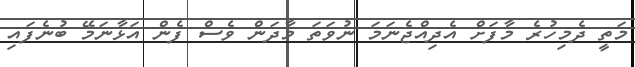
މަތީ ދެމިހުރެ މާފަށް އެދިއްޖެނަމަ ނުވަތަ މާދަން ވެސް ފެން އަޅާނަމޭ ބުނެފައި